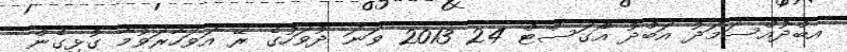
އބްދުއްސަމަދު އަބްދު އޯގަސްޓް 24 2013 ވަނަ ދުވަހުގެ ރޭ އަވަހާރަވުމާ ގުޅިގެން